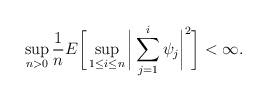
LaTeX: \begin{align*}\sup_{n>0}\frac{1}{n}E\bigg[\sup_{1\leq i\leq n}\bigg|\sum_{j=1}^{i}\psi_{j}\bigg|^{2}\bigg]<\infty.\end{align*}